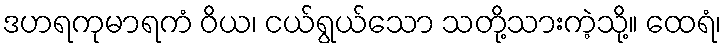
ဒဟရကုမာရကံ ဝိယ၊ ငယ်ရွယ်သော သတို့သားကဲ့သို့။ ထေရံ၊